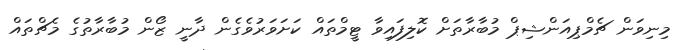
މިނިވަން ޗެމްޕިއަންޝިޕް މުބާރާތަށް ކޮލިފައިވާ ޓީމްތައް ކަށަވަރުވެގެން ދާނީ ޒޯން މުބާރާތުގެ މެޗްތައް